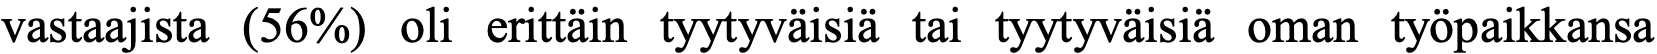
vastaajista (56%) oli erittäin tyytyväisiä tai tyytyväisiä oman työpaikkansa